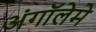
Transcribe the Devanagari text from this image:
अंगॉलेमे